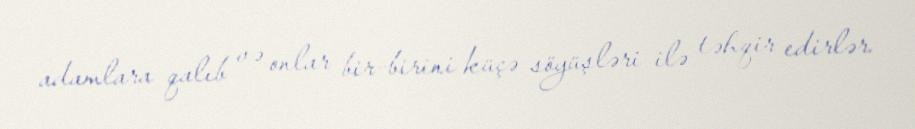
adamlara qalıb və onlar bir-birini küçə söyüşləri ilə təhqir edirlər.